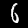
Digit: 6